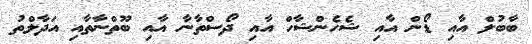
ބާބުލް އާއި ޑޯން އާއި ޝެހެންޝާހް އާއި ދޯސްތާނާ އާއި ބޫތްނާތާއި އަދާލްތު